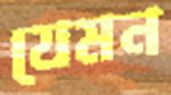
যেমন